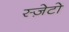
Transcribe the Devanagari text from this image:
स्ज़ेटो